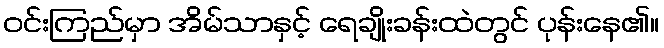
ဝင်းကြည်မှာ အိမ်သာနှင့် ရေချိုးခန်းထဲတွင် ပုန်းနေ၏။